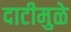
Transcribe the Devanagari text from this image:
दाटीमुळे